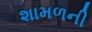
શામળની